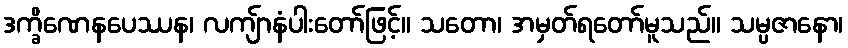
ဒက္ခိဏေနပေဿန၊ လကျ်ာနံပါးတော်ဖြင့်။ သတော၊ အမှတ်ရတော်မူသည်။ သမ္ပဇာနော၊